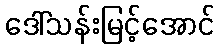
ဒေါ်သန်းမြင့်အောင်